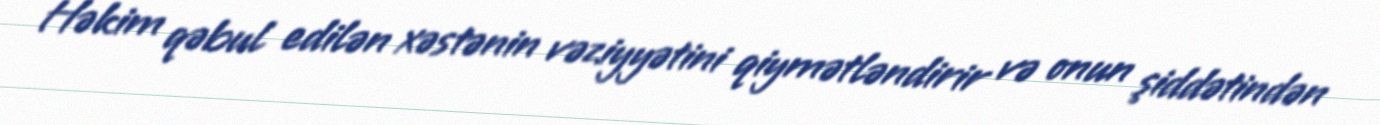
Həkim qəbul edilən xəstənin vəziyyətini qiymətləndirir və onun şiddətindən